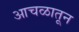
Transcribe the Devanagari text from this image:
आचळातून